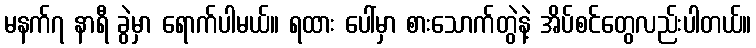
မနက်၇ နာရီ ခွဲမှာ ရောက်ပါမယ်။ ရထား ပေါ်မှာ စားသောက်တွဲနဲ့ အိပ်စင်တွေလည်းပါတယ်။